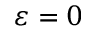
\varepsilon = 0